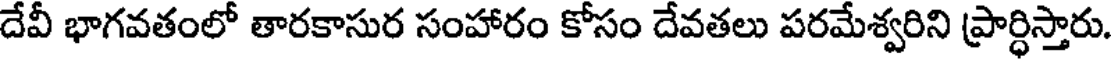
దేవీ భాగవతంలో తారకాసుర సంహారం కోసం దేవతలు పరమేశ్వరిని ప్రార్ధిస్తారు.